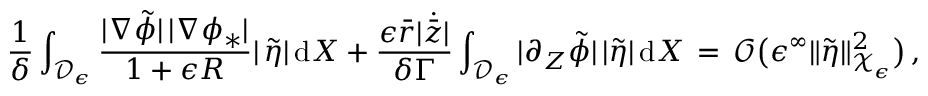
\frac { 1 } { \delta } \int _ { \mathcal { D } _ { \epsilon } } \frac { | \nabla \tilde { \phi } | \, | \nabla \phi _ { * } | } { 1 + \epsilon R } | \, \tilde { \eta } | \, \mathrm { d } X + \frac { \epsilon \bar { r } | \dot { \bar { z } } | } { \delta \Gamma } \int _ { \mathcal { D } _ { \epsilon } } | \partial _ { Z } \tilde { \phi } | \, | \tilde { \eta } | \, \mathrm { d } X \, = \, \mathcal { O } \bigl ( \epsilon ^ { \infty } \| \tilde { \eta } \| _ { \mathcal { X } _ { \epsilon } } ^ { 2 } \bigr ) \, ,